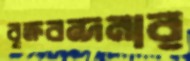
বৃক্ষবন্দনার